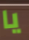
يا